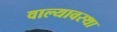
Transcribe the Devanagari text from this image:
वाल्यावस्था